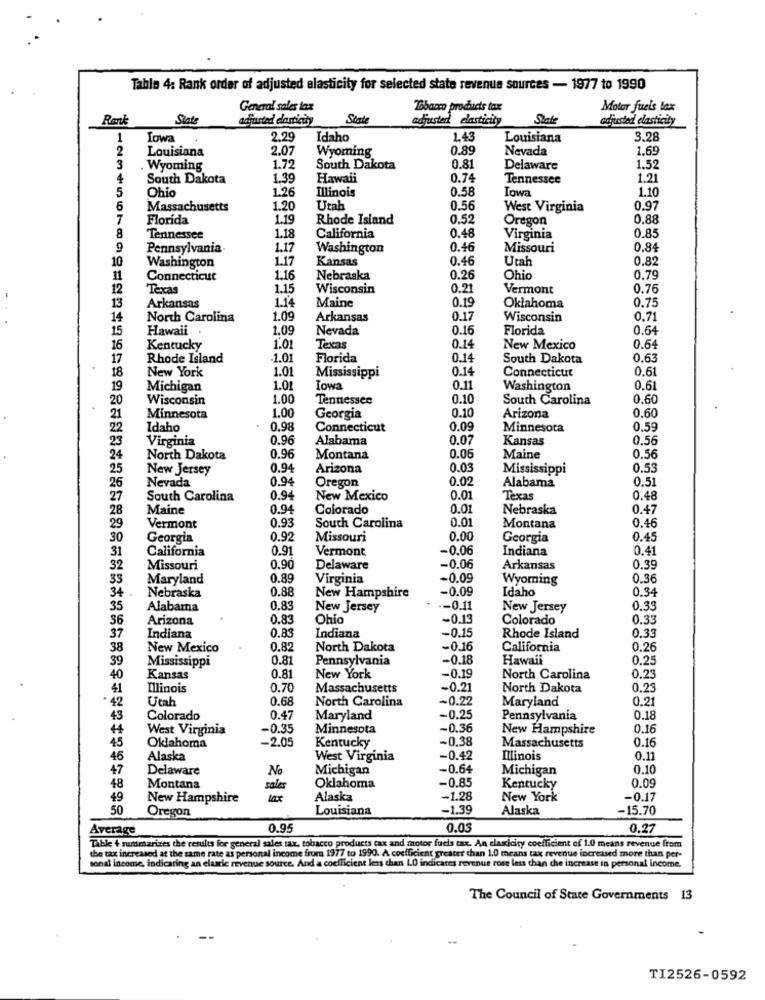
Table 4: Rank order of adjusted elasticity for selected state revenue sources - 1977 to 1990
General sales tax
Tobacco products tax
Motor fuels lax
Rank
State
dafurtad elasticity
State
Gajusted elasticity
State
adjusted elasticity
1
Iowa
2.29
Idaho
1.43
Louisiana
3.28
2
Louisiana
2.07
Wyoming
0.89
Nevada
1.69
3
. Wyoming
1.72
South Dakota
0.81
Delaware
1.52
4
South Dakota
1.39
Hawaii
0.74
Tennessee
1.21
5
Ohio
Illinois
0.58
Towa
1.10
1.26
6
Massachusetts
1.20
Utah
0.56
West Virginia
0.97
7
Florida
1.19
Rhode Island
0.52
Oregon
0.88
8
Tennessee
1.18
California
0.48
Virginia
0.85
9
Pennsylvania.
1.17
Washington
0.46
Missouri
0.84
10
Washington
1.17
Kansas
0.46
Utah
0.82
11
Connecticut
1:16
Nebraska
0.26
Ohio
0.79
12
Texas
1.15
Wisconsin
0.2
Vermont
0.76
Arkansas
1.14
0.19
0.75
13
Maine
Oklahoma
14
North Carolina
1.09
Arkansas
0.17
Wisconsin
0.7
15
Hawaii
1.09
Nevada
0.16
Florida
0.64
16
Kentucky
1.01
Texas
0.14
New Mexico
0.64
17
Rhode Island
1.01
Florida
0.14
South Dakota
0.63
New York
1.01
Mississippi
0.14
0.6
18
Connecticut
19
Michigan
1.01
Iowa
0.11
Washington
0.6
20
Wisconsin
1.00
Tennessee
0.10
South Carolina
0.60
0.10
0.60
21
Minnesota
1.00
Georgia
Arizona
22
Idaho
0.98
Connecticut
0.09
Minnesota
0.59
23
Virginia
0.96
Alabama
0.07
Kansas
0.56
24
North Dakota
0.96
Montana
0.06
Maine
0.56
25
New Jersey
0.94
Arizona
0.0
Mississippi
0.55
Nevada
0.9
Oregon
0.02
0.5
26
Alabama
27
South Carolina
0.94
New Mexico
0.0
Texas
0.48
28
Maine
0.94
Colorado
0.01
Nebraska
0.47
0.93
0.01
29
Vermont
South Carolina
Montana
0.46
30
Georgia
0.92
Missouri
0.00
Georgia
0.45
California
0.91
Vermont
-0.06
Indiana
0.4
31
32
Missouri
0.90
Delaware
-0.06
Arkansas
0.35
33
Maryland
0.89
Virginia
-0.09
Wyoming
0.36
34
0.88
New Hampshire
-0.09
Idaho
0.34
Nebraska
35
Alabama
1.83
New Jersey
-0.11
New Jersey
0.35
36
Arizona
0.83
Ohio
-0.13
Colorado
0.3
0.83
0.35
37
Indiana
Indiana
-0.15
Rhode Island
38
New Mexico
0.8
North Dakota
-0.16
California
0.26
39
Mississippi
0.81
Pennsylvania
-0.18
Hawaii
0.2
-0.19
40
Kansas
0.81
New York
North Carolina
0.2
41
Illinois
0.70
Massachusetts
-0.21
North Dakota
0.23
42
Utah
0.68
North Carolina
~0.22
Maryland
0.21
43
Colorado
0.47
Maryland
-0.25
Pennsylvania
0.18
44
West Virginia
-0.35
Minnesota
~0.36
New Hampshire
0.16
-2.05
~0.38
0.16
45
Oklahoma
Kentucky
Massachusetts
46
Alaska
West Virginia
-0.42
Illinois
0.11
47
Delaware
No
Michigan
-0.64
Michigan
0.10
-0.85
48
Montana
sales
Oklahoma
Kentucky
0.09
49
New Hampshire
Alaska
-1.28
New York
-0.17
50
Oregon
Louisiana
-1.39
Alaska
-15.70
Average
0.95
0.03
0.27
Table + puttmarizes the results for general sales tax, tobacco products tax and motor fuels tax. An claxicity coefficient of 1.0 means revenue from
the tax increased at the same rate as personal income from 1977 to 1990. A coefficient greater than 1.0 means tax revenue increased more than per-
sonal income, indicating an elastic revenue source. And a coefficient less than LO indicares revenue rose less than the increase in personal income.
The Council of State Governments 13
TI2526-0592